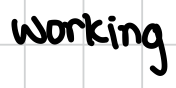
Text: working
Cross-out: clean
Writing tool: digital_black